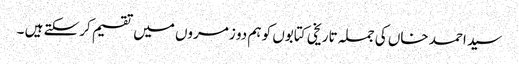
سید احمد خاں کی جملہ تاریخی کتابوں کو ہم دو زمروں میں تقسیم کرسکتے ہیں ۔